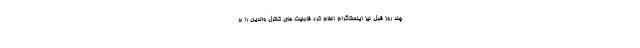
چند روز قبل نیز اینستاگرام اعلام کرد قابلیت های کنترل والدین را بر